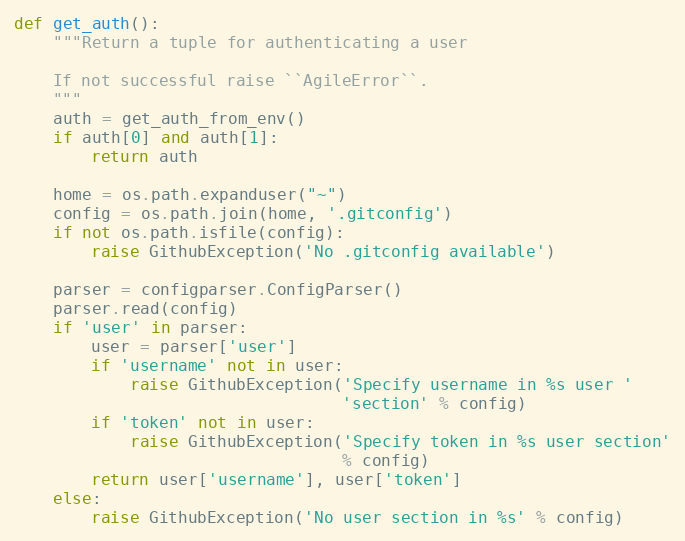
Language: Python
def get_auth():
    """Return a tuple for authenticating a user

    If not successful raise ``AgileError``.
    """
    auth = get_auth_from_env()
    if auth[0] and auth[1]:
        return auth

    home = os.path.expanduser("~")
    config = os.path.join(home, '.gitconfig')
    if not os.path.isfile(config):
        raise GithubException('No .gitconfig available')

    parser = configparser.ConfigParser()
    parser.read(config)
    if 'user' in parser:
        user = parser['user']
        if 'username' not in user:
            raise GithubException('Specify username in %s user '
                                  'section' % config)
        if 'token' not in user:
            raise GithubException('Specify token in %s user section'
                                  % config)
        return user['username'], user['token']
    else:
        raise GithubException('No user section in %s' % config)